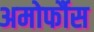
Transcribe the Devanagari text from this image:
अमोर्फौस